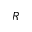
R _ { \sun }